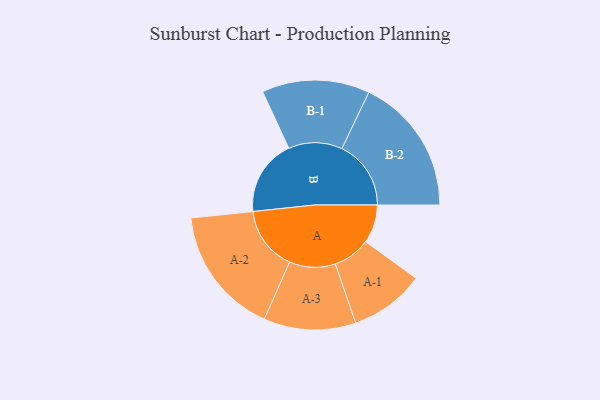
{"axis": {"x": "Segment", "y": "Value"}, "legend": ["", "A", "B"], "data": [{"x": "A", "y": 162, "type": ""}, {"x": "B", "y": 321, "type": ""}, {"x": "A-1", "y": 158, "type": "A"}, {"x": "A-2", "y": 271, "type": "A"}, {"x": "A-3", "y": 194, "type": "A"}, {"x": "B-1", "y": 227, "type": "B"}, {"x": "B-2", "y": 291, "type": "B"}]}